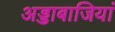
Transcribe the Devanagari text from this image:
अड्डाबाजियां